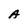
Character: A